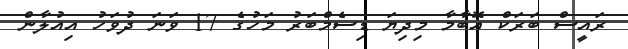
ރައީސް ބަރަކް އޮބާމާ މިދިޔަ ޑިސެމްބަރު މަހުގެ 17 ވަނަ ދުވަހު އިއުލާން